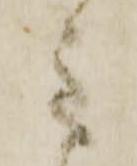
主